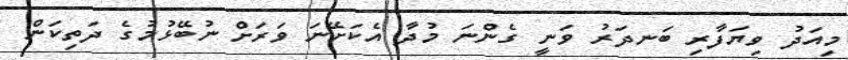
މިއަދު ވިޔަފާރި ބަނދަރު ވަނީ ގެންނަ މުދާ އެކަށޭނަ ވަރަށް ނުބޭޅުމުގެ ދަތިކަން